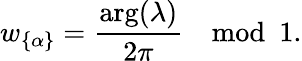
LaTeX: w_{\{ \alpha\} }=\frac{\arg(\lambda)}{2\pi}\mod 1.